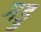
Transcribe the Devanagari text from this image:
गड्ड